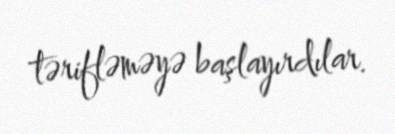
tərifləməyə başlayırdılar.